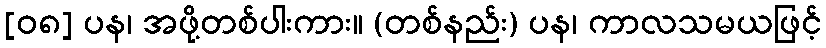
[၀၈] ပန၊ အဖို့တစ်ပါးကား။ (တစ်နည်း) ပန၊ ကာလသမယဖြင့်